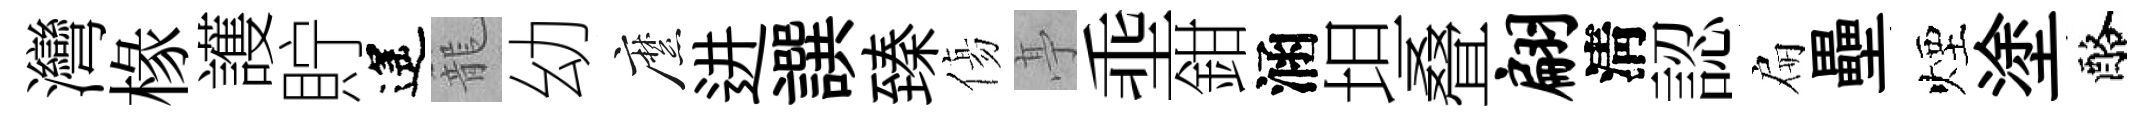
灣椽護貯遙籠幼縻进譔臻傷𠅘埀鉗涵坦叠翩淸認扁壘煙塗酪